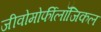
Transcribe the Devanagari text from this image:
जीवोमोर्फीलॉजिकल